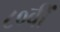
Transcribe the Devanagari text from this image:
८०वीं